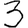
Digit: 3